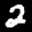
Label: 2